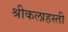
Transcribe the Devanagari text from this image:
श्रीकलाहस्ती